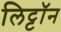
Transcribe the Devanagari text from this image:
लिट्टॉन